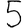
Digit: 5